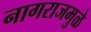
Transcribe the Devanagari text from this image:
नागराजमुळे